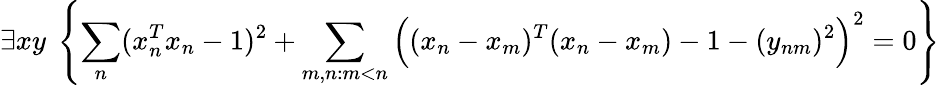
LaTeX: \exists xy\ \left\{ \sum_{n}(x_{n}^{T}x_{n}-1)^{2}+\sum_{m,n:m<n}{\Big(}(x_{n}-x_{m})^{T}(x_{n}-x_{m})-1-(y_{nm})^{2}{\Big)}^{2}=0\right\}